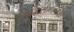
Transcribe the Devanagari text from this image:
सिद्धिसाधनः।।